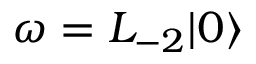
\omega = L _ { - 2 } | 0 \rangle